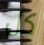
كل